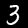
Digit: 3